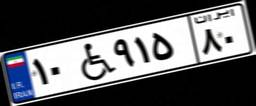
۱۰W۹۱۵۸۰